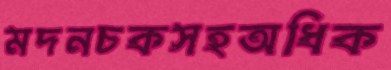
মদনচকসহঅধিক